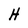
Character: H